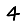
Digit: 4